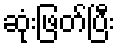
ဆုံးဖြတ်ပြီး